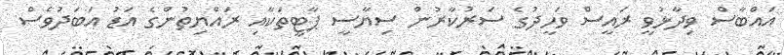
އައްބާސް ވިދާޅުވީ ރައީސް ވަހީދުގެ ސަރުކާރުން ސިޔާސީ ޕާޓީތަކާއި ރައްޔިތުންގެ އަޑު އަބަދުވެސް